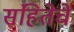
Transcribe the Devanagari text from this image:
संहितेचें